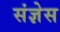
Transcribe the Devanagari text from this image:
संज्ञेस